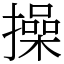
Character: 操